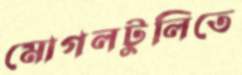
মোগলটুলিতে